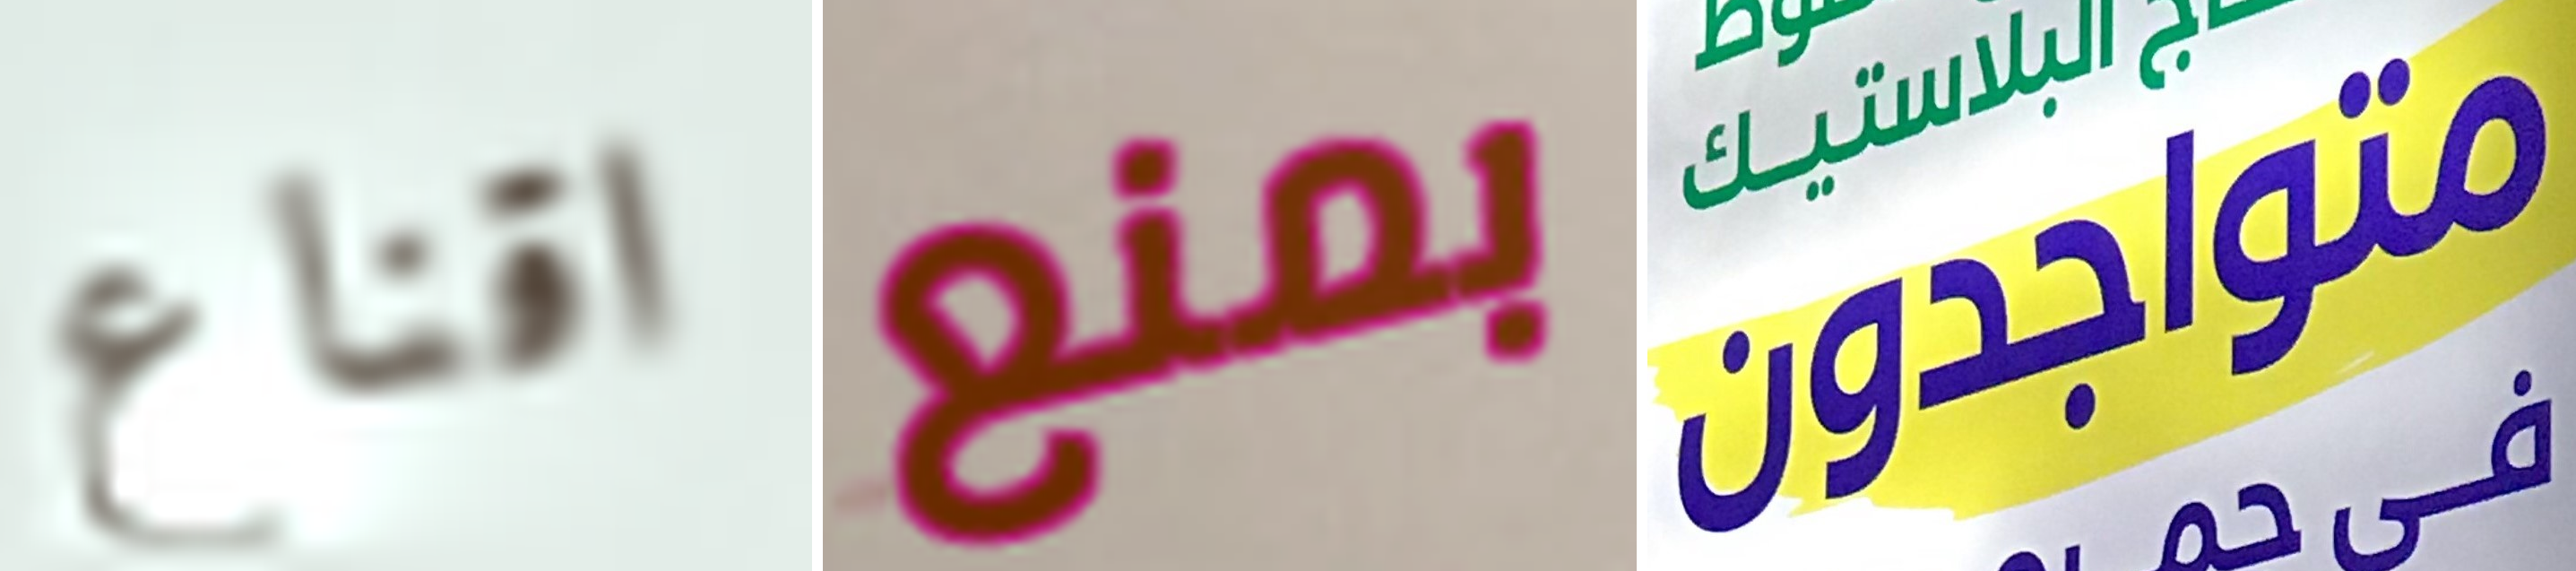
اقناع بمنع متواجدون